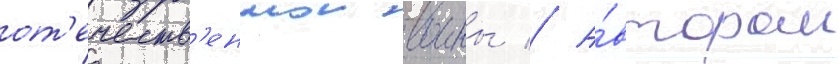
от'ечеств'еннои воины // А́втором